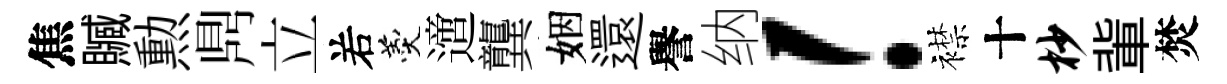
焦贓勲𪔂立𠰥羹𨗁龔姻還譽纳！襟十杪軰焚